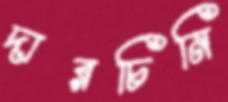
দারচিনি